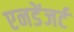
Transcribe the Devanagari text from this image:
एनडेंजर्ट